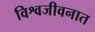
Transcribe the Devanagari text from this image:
विश्वजीवनात